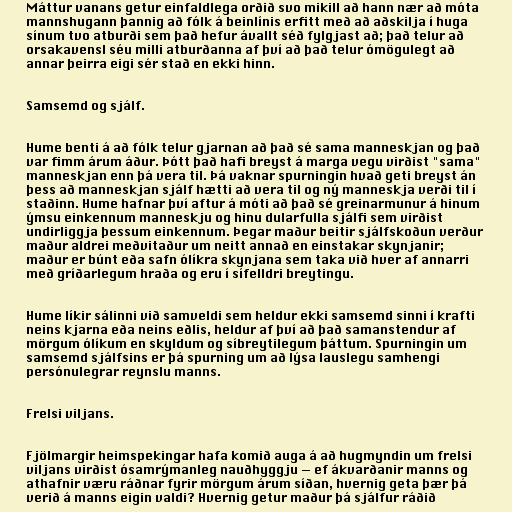
Máttur vanans getur einfaldlega orðið svo mikill að hann nær að móta
mannshugann þannig að fólk á beinlínis erfitt með að aðskilja í huga
sínum tvo atburði sem það hefur ávallt séð fylgjast að; það telur að
orsakavensl séu milli atburðanna af því að það telur ómögulegt að
annar þeirra eigi sér stað en ekki hinn.

Samsemd og sjálf.

Hume benti á að fólk telur gjarnan að það sé sama manneskjan og það
var fimm árum áður. Þótt það hafi breyst á marga vegu virðist "sama"
manneskjan enn þá vera til. Þá vaknar spurningin hvað geti breyst án
þess að manneskjan sjálf hætti að vera til og ný manneskja verði til í
staðinn. Hume hafnar því aftur á móti að það sé greinarmunur á hinum
ýmsu einkennum manneskju og hinu dularfulla sjálfi sem virðist
undirliggja þessum einkennum. Þegar maður beitir sjálfskoðun verður
maður aldrei meðvitaður um neitt annað en einstakar skynjanir;
maður er búnt eða safn ólíkra skynjana sem taka við hver af annarri
með gríðarlegum hraða og eru í sífelldri breytingu.

Hume líkir sálinni við samveldi sem heldur ekki samsemd sinni í krafti
neins kjarna eða neins eðlis, heldur af því að það samanstendur af
mörgum ólíkum en skyldum og síbreytilegum þáttum. Spurningin um
samsemd sjálfsins er þá spurning um að lýsa lauslegu samhengi
persónulegrar reynslu manns.

Frelsi viljans.

Fjölmargir heimspekingar hafa komið auga á að hugmyndin um frelsi
viljans virðist ósamrýmanleg nauðhyggju — ef ákvarðanir manns og
athafnir væru ráðnar fyrir mörgum árum síðan, hvernig geta þær þá
verið á manns eigin valdi? Hvernig getur maður þá sjálfur ráðið